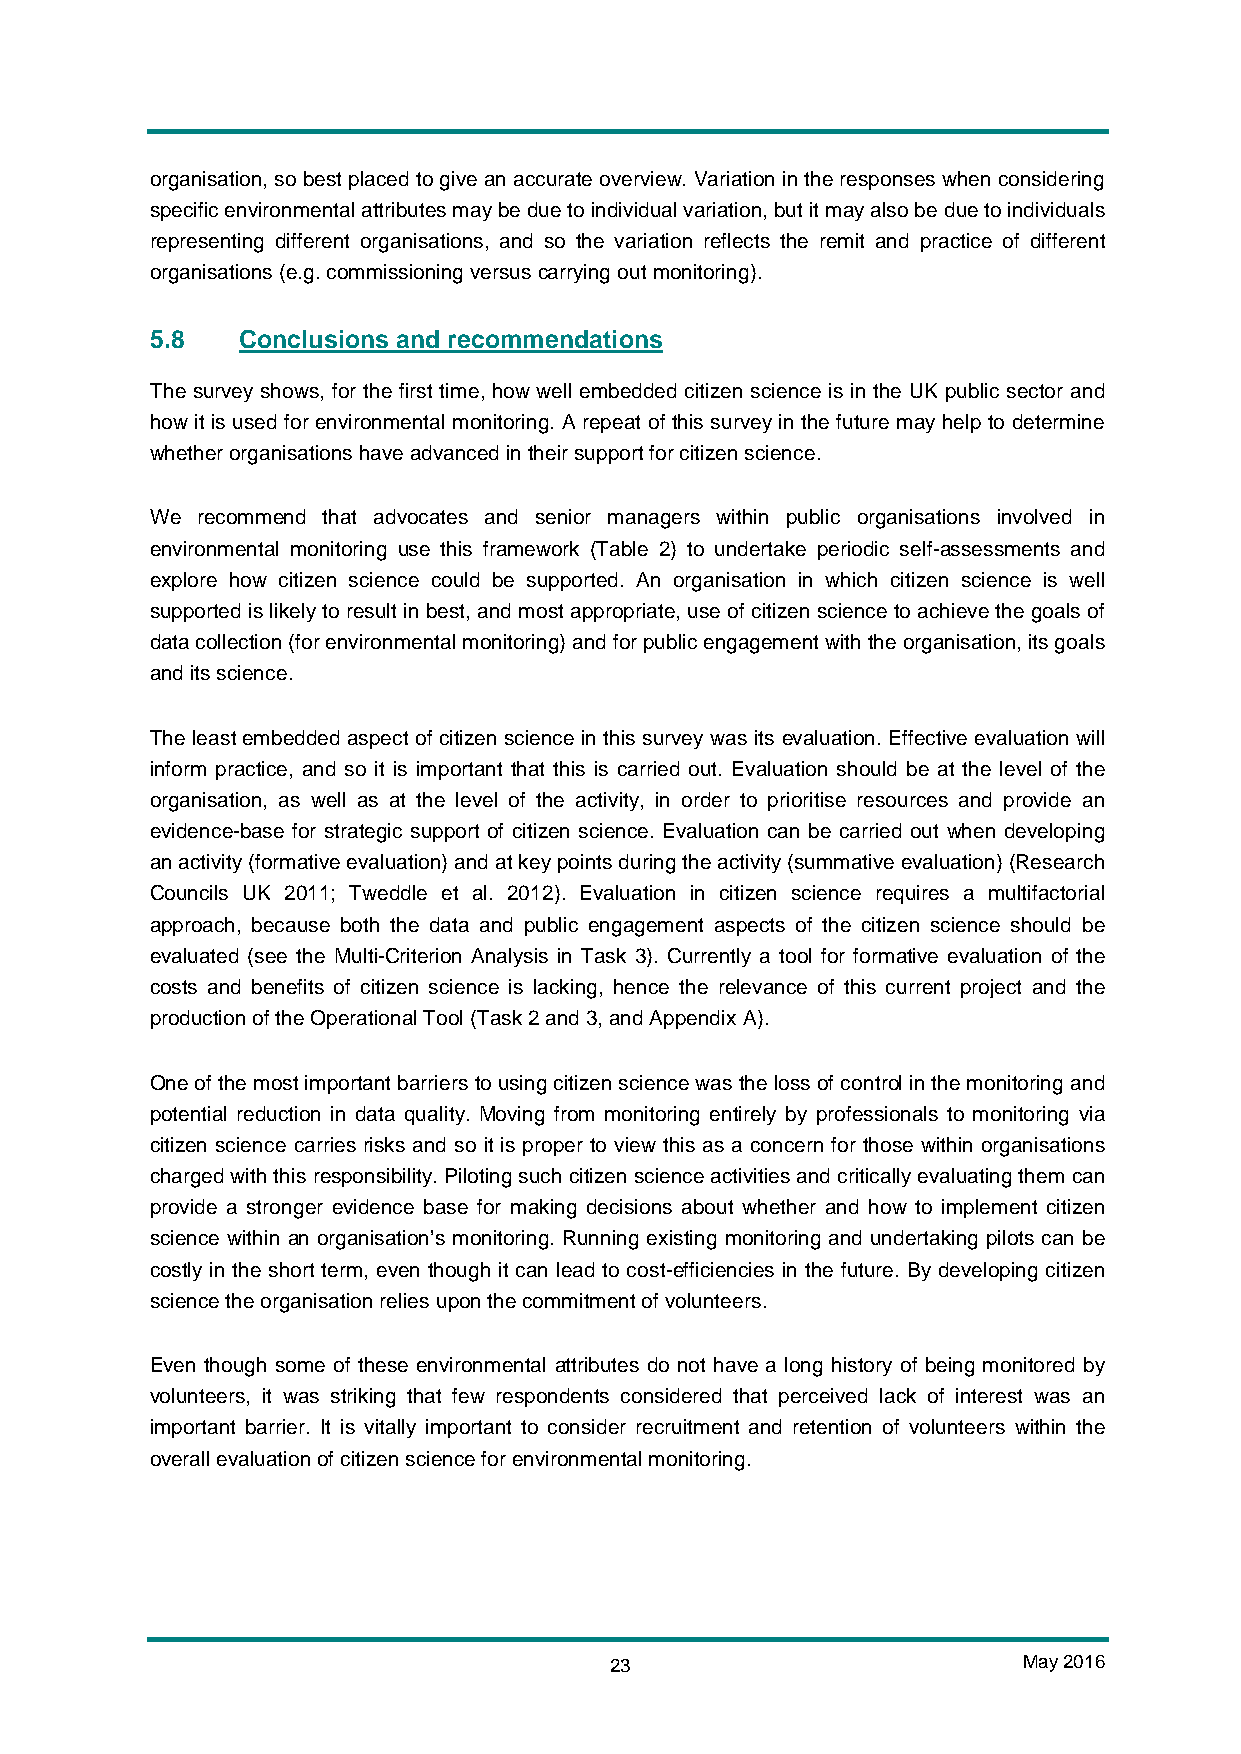
organisation, so best placed to give an accurate overview. Variation in the responses when considering
 specific environmental attributes may be due to individual variation, but it may also be due to individuals
 representing different organisations, and so the variation reflects the remit and practice of different
 organisations (e.g. commissioning versus carrying out monitoring).
 5.8   Conclusions and recommendations
 The survey shows, for the first time, how well embedded citizen science is in the UK public sector and
 how it is used for environmental monitoring. A repeat of this survey in the future may help to determine
 whether organisations have advanced in their support for citizen science.
 We recommend that advocates and senior managers within public organisations involved in
 environmental monitoring use this framework (Table 2) to undertake periodic self-assessments and
 explore how citizen science could be supported. An organisation in which citizen science is well
 supported is likely to result in best, and most appropriate, use of citizen science to achieve the goals of
 data collection (for environmental monitoring) and for public engagement with the organisation, its goals
 and its science.
 The least embedded aspect of citizen science in this survey was its evaluation. Effective evaluation will
 inform practice, and so it is important that this is carried out. Evaluation should be at the level of the
 organisation, as well as at the level of the activity, in order to prioritise resources and provide an
 evidence-base for strategic support of citizen science. Evaluation can be carried out when developing
 an activity (formative evaluation) and at key points during the activity (summative evaluation) (Research
 Councils UK 2011; Tweddle et al. 2012). Evaluation in citizen science requires a multifactorial
 approach, because both the data and public engagement aspects of the citizen science should be
 evaluated (see the Multi-Criterion Analysis in Task 3). Currently a tool for formative evaluation of the
 costs and benefits of citizen science is lacking, hence the relevance of this current project and the
 production of the Operational Tool (Task 2 and 3, and Appendix A).
 One of the most important barriers to using citizen science was the loss of control in the monitoring and
 potential reduction in data quality. Moving from monitoring entirely by professionals to monitoring via
 citizen science carries risks and so it is proper to view this as a concern for those within organisations
 charged with this responsibility. Piloting such citizen science activities and critically evaluating them can
 provide a stronger evidence base for making decisions about whether and how to implement citizen
 science within an organisation’s monitoring. Running existing monitoring and undertaking pilots can be
 costly in the short term, even though it can lead to cost-efficiencies in the future. By developing citizen
 science the organisation relies upon the commitment of volunteers.
 Even though some of these environmental attributes do not have a long history of being monitored by
 volunteers, it was striking that few respondents considered that perceived lack of interest was an
 important barrier. It is vitally important to consider recruitment and retention of volunteers within the
 overall evaluation of citizen science for environmental monitoring.
 23                          May 2016